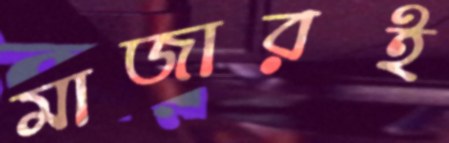
মাজারই